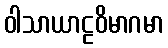
ဝါသာယာဠဝိမာဂမာ